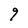
Character: 9